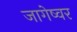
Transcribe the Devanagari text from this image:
जागेष्वर